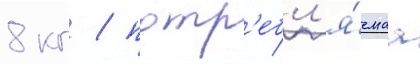
8 кг / потр'ебл'я́емаа